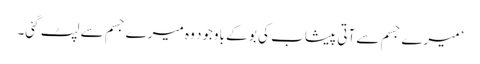
’میرے جسم سے آتی پیشاب کی بو کے باوجود وہ میرے جسم سے لپٹ گئی۔